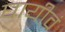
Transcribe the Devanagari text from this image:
घायीवं